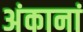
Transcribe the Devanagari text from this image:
अंकानां